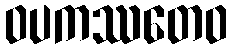
ဝပကဿတေဝ